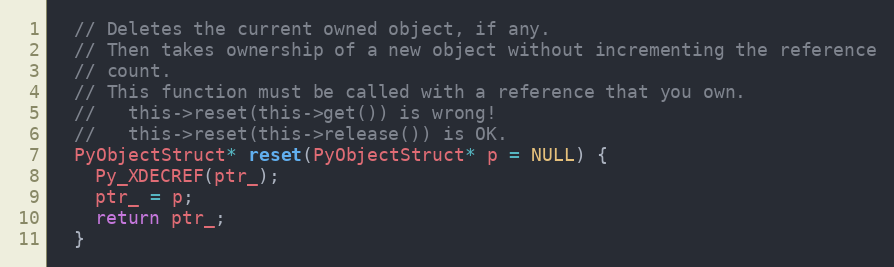
Language: C
  // Deletes the current owned object, if any.
  // Then takes ownership of a new object without incrementing the reference
  // count.
  // This function must be called with a reference that you own.
  //   this->reset(this->get()) is wrong!
  //   this->reset(this->release()) is OK.
  PyObjectStruct* reset(PyObjectStruct* p = NULL) {
    Py_XDECREF(ptr_);
    ptr_ = p;
    return ptr_;
  }